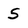
Character: 5